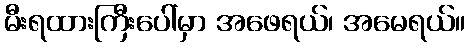
မီးရထားကြီးပေါ်မှာ အဖေရယ်၊ အမေရယ်။